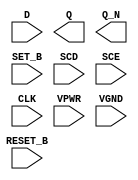
module sky130_fd_sc_hs__sdfbbp (
    //# {{data|Data Signals}}
    input  D      ,
    output Q      ,
    output Q_N    ,

    //# {{control|Control Signals}}
    input  RESET_B,
    input  SET_B  ,

    //# {{scanchain|Scan Chain}}
    input  SCD    ,
    input  SCE    ,

    //# {{clocks|Clocking}}
    input  CLK    ,

    //# {{power|Power}}
    input  VPWR   ,
    input  VGND
);
endmodule